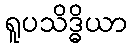
ရူပသိဒ္ဓိယာ